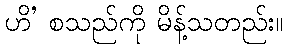
ဟိ’ စသည်ကို မိန့်သတည်း။